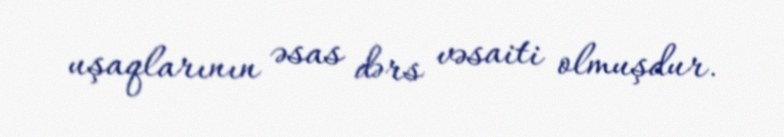
uşaqlarının əsas dərs vəsaiti olmuşdur.